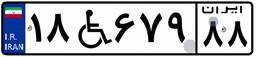
۱۸W۶۷۹۸۸